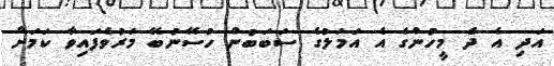
އަދި އެ ދެ މީހުންގެ އެ އަމަލުގެ ސަބަބުން ހުސޭނުބޭ މަރުވެފައިވާ ކަމަށް